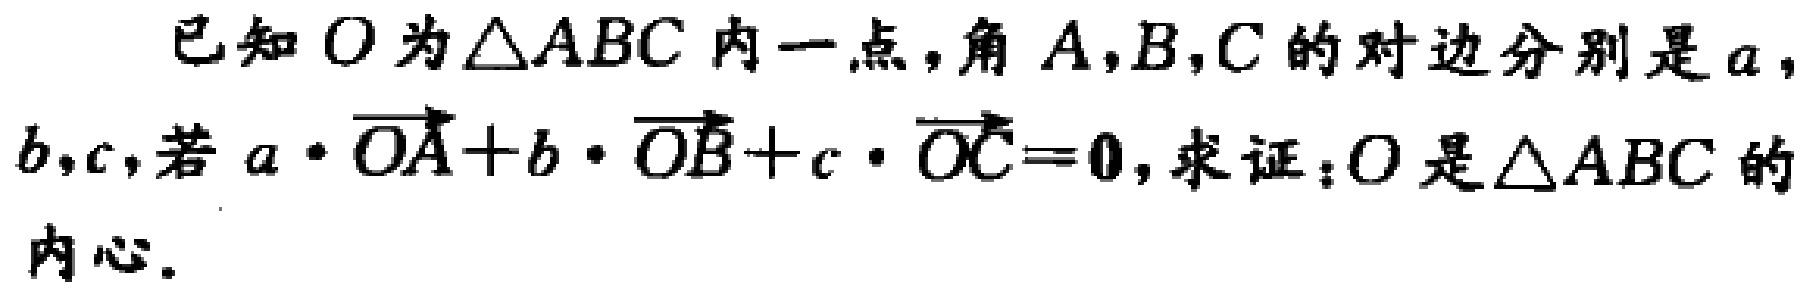
已知\(O\)为\(\triangle ABC\)内一点，角\(A,B,C\)的对边分别是\(a\)，\(b,c\)，若\(a\cdot\overrightarrow{OA} + b\cdot\overrightarrow{OB}+c\cdot\overrightarrow{OC}=\boldsymbol{0}\)，求证：\(O\)是\(\triangle ABC\)的内心。